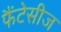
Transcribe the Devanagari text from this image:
फैंटेसीज